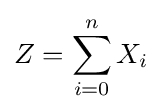
Z=\sum _{i=0}^{n}{X_{i}}